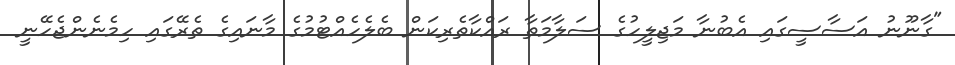
"ގާނޫނު އަސާސީގައި އެބުނާ މަޖިލީހުގެ ސަލާމަތާ ރައްކާތެރިކަން ބެލެހެއްޓުމުގެ މާނައިގެ ތެރޭގައި ހިމެނެންޖެހޭނީ